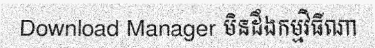
Download Manager មិនដឹងកម្មវិធីណា